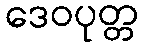
ဒေဝပုတ္တ